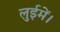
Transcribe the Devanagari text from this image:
लुईमें।